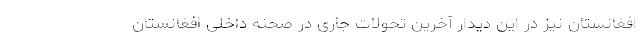
افغانستان نیز در این دیدار آخرین تحولات جاری در صحنه داخلی افغانستان